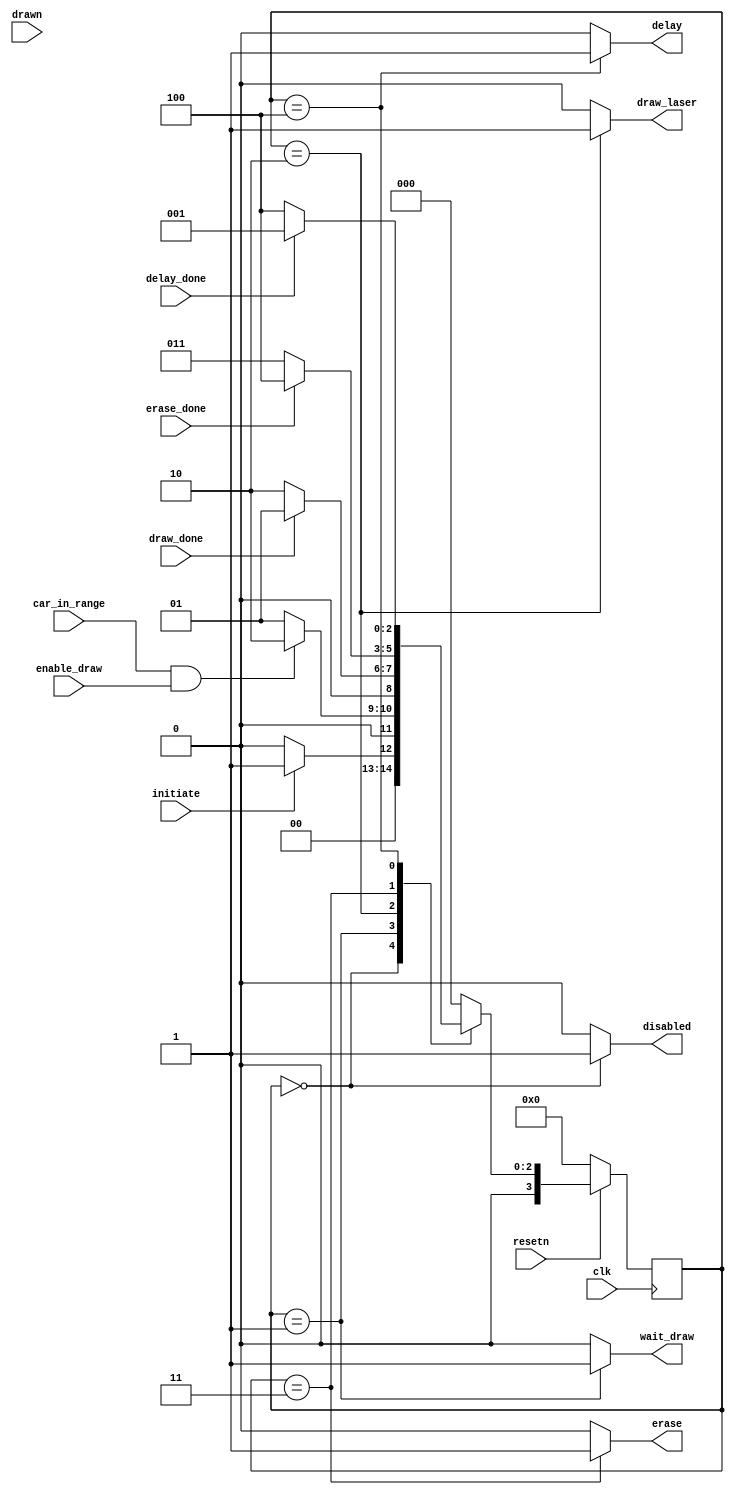
module control_laser(
		input clk,
		input resetn,
		input initiate, // corresponding tower is placed
		input enable_draw, // begin drawing cycle
		//_____Control Feedback ___//
		input car_in_range,
		input draw_done,
		input drawn,
		input erase_done,
		input delay_done,

		//_____Control Signals ___//
		output reg disabled, 
      output reg wait_draw, 
      output reg draw_laser, 
      output reg delay, 
      output reg erase
   );
	 
	reg [3:0] current_state, next_state; 
	 
	localparam DISABLED        	  = 5'd0,
              WAIT_DRAW            = 5'd1,
              DRAW_LASER	        = 5'd2,
              ERASE	              = 5'd3,
				  DELAY 		           = 5'd4;
	
   always @ (*)
   begin: state_table
		case (current_state)
                DISABLED: begin
                    if(initiate == 1'b1)
                        next_state = WAIT_DRAW;
                    else
                        next_state = DISABLED;
                end
                WAIT_DRAW: begin
                    if ((car_in_range == 1'b1) && (enable_draw == 1'b1))
                        next_state = DRAW_LASER;
//						  else if ((car_in_range == 1'b0) && ((enable_draw == 1'b1) && (drawn == 1'b1)))
//								next_state = ERASE;
                    else
                        next_state = WAIT_DRAW;
					 end
                DRAW_LASER: begin // wait for the drawing of this car to be enabled
						if(draw_done == 1'b1)
							next_state = WAIT_DRAW;
						else
                    next_state = DRAW_LASER;
					 end                 
                ERASE: begin
                    if(erase_done == 1'b1)
								next_state = DELAY;
                    else
                        next_state = ERASE;
                end            
                DELAY: begin
                    if(delay_done == 1'b1)
                        next_state = WAIT_DRAW;
                    else
                        next_state = DELAY;
                end
            default: next_state = DISABLED;
		endcase // state table
	end
	
	
    // Output logic aka all of our datapath control signals
    always @(*)
    begin: enable_signals
        // By default make all our signals 0 to avoid latches.
		  
        wait_draw = 1'b0; 
        draw_laser = 1'b0;
        delay = 1'b0;
        erase = 1'b0;
        disabled = 1'b0;

        case (current_state)
            DISABLED: begin
                disabled = 1'b1;
            end
				WAIT_DRAW: begin
                wait_draw = 1'b1;
            end
				DRAW_LASER: begin
                draw_laser = 1'b1;
            end
				DELAY: begin
                delay = 1'b1;
            end
				ERASE: begin
                erase = 1'b1;
            end
        // default:    // don't need default since we already made sure all of our outputs were assigned a value at the start of the always block
        endcase
    end // enable_signals
	 
	 // current_state registers
    always@(posedge clk)
    begin: state_FFs
        if(!resetn)
            current_state <= DISABLED;
        else
            current_state <= next_state;
    end // state_FFS
endmodule